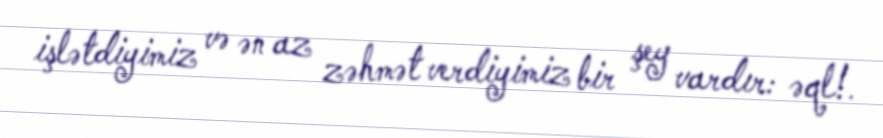
işlətdiyimiz və ən az zəhmət verdiyimiz bir şey vardır: əql!.